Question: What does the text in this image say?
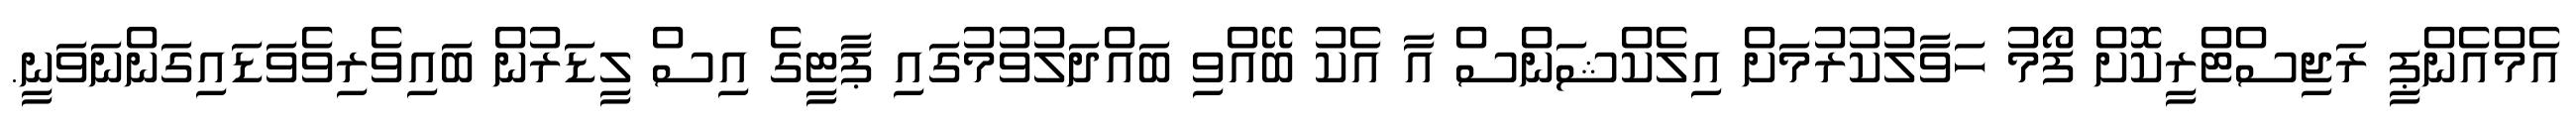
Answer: އެމްއެންޕީ ރަޖިސްޓްރީކޮށް ފޯމު ހަވާލުކުރުމަށް އިލެކްޝަންސް އާ އެކު ބޭއްވި ބައްދަލުވުމުގައި ޕާޓީގެ އިސް ލީޑަރުން ބައިވެރިވެވަޑައިގަންނަވަނީ.